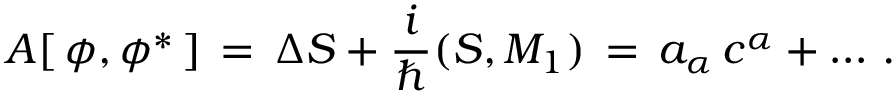
{ \cal A } [ \, \phi , \phi ^ { \ast } \, ] \, = \, \Delta S + { \frac { i } { \hbar } } ( S , M _ { 1 } ) \, = \, a _ { \alpha } \, c ^ { \alpha } + \dots \, .